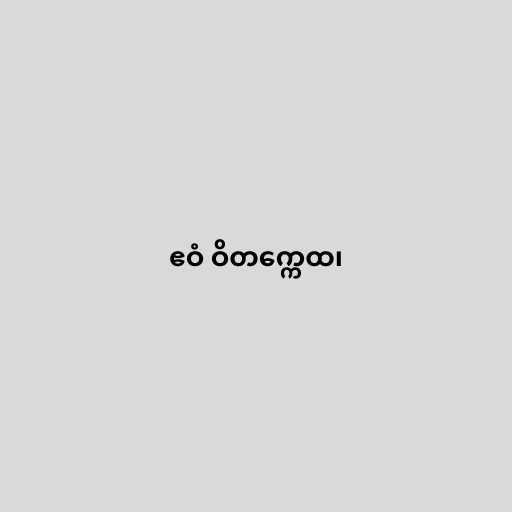
ဧဝံ ဝိတက္ကေထ၊